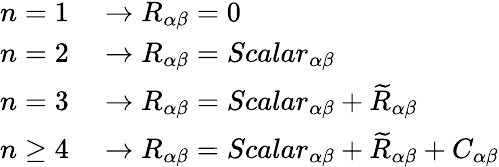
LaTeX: \begin{array}{rl}{n=1}&{{}\rightarrow R_{\alpha\beta}=0}\\ {n=2}&{{}\rightarrow R_{\alpha\beta}=Scalar_{\alpha\beta}}\\ {n=3}&{{}\rightarrow R_{\alpha\beta}=Scalar_{\alpha\beta}+\widetilde{R}_{\alpha\beta}}\\ {n\geq 4}&{{}\rightarrow R_{\alpha\beta}=Scalar_{\alpha\beta}+\widetilde{R}_{\alpha\beta}+C_{\alpha\beta}}\end{array}